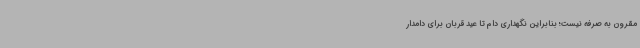
مقرون به صرفه نیست؛ بنابراین نگهداری دام تا عید قربان برای دامدار